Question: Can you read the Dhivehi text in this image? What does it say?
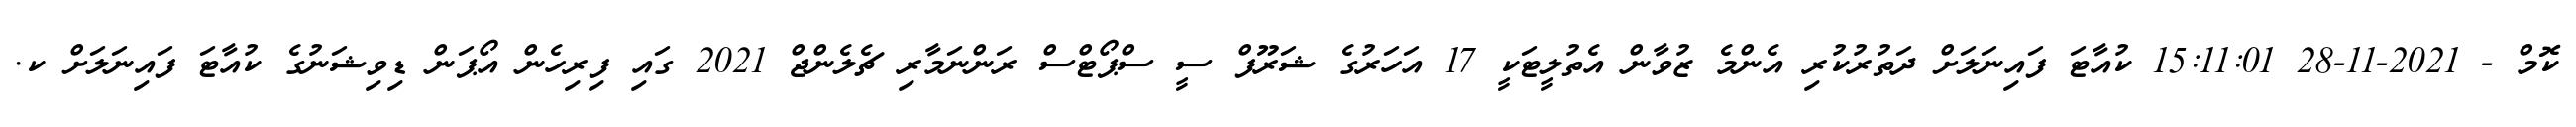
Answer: ކޮމް - 2021-11-28 15:11:01 ކުއާޓަ ފައިނަލަށް ދަތުރުކުރި އެންމެ ޒުވާން އެތުލީޓަކީ 17 އަހަރުގެ ޝަރޫފް ސީ ސްޕޯޓްސް ރަންނަމާރި ޗެލެންޖް 2021 ގައި ފިރިހެން އޯޕަން ޑިވިޝަނުގެ ކުއާޓަ ފައިނަލަށް ކ.